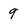
Character: 9